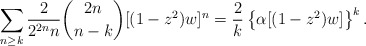
\begin{align*} \sum_{n \geq k}\frac{2}{2^{2n}n}\binom{2n}{n-k}[(1-z^2)w]^n = \frac{2}{k}\left\{\alpha[(1-z^2)w]\right\}^k. \end{align*}